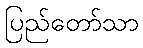
ပြည်တော်သာ